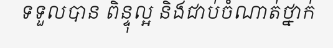
ទទួលបាន ពិន្ទុល្អ និងជាប់ចំណាត់ថ្នាក់